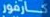
كارفور